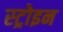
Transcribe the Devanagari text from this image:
स्ट्रोइन